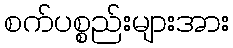
စက်ပစ္စည်းများအား